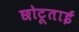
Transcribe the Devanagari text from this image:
छोटूताई